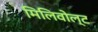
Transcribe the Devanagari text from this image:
मिलिवोल्ट